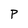
Character: P